Vaccination report Assam 1896-1927 - 1896-1927
Year: 1896
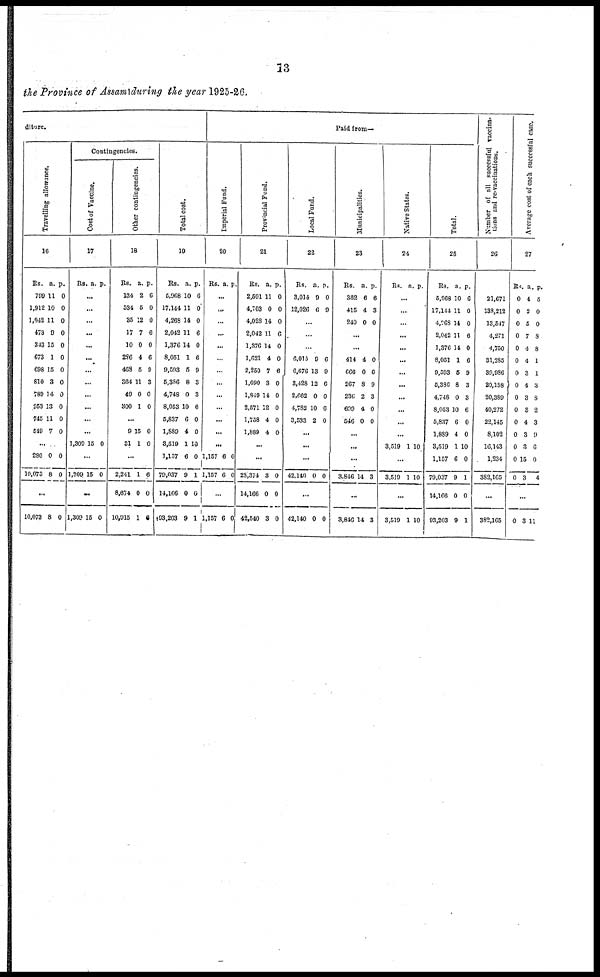
13
the Province of Assam during the year 1925-26.
diture.
Travelling allowance.
16
Rs.
799
1,912
1,042
473
343
673
698
810
789
963
745
549
a.
11
10
11
9
15
1
15
3
14
13
11
7
p.
0
0
0
0
0
0
0
0
0
0
0
0
...
280
10,073
0
8
0
0
...
10,073 8 0
Contingencies.
Cost of Vaccine.
17
Rs. a. p.
...
...
...
...
...
...
...
...
...
...
...
...
1,309 15 0
...
1,809 15 0
...
1,309 15 0
Other contingencies.
18
Rs.
134
534
35
17
10
286
468
364
49
300
a.
2
5
12
7
0
4
5
11
0
1
p.
6
0
0
6
0
6
9
3
0
0
...
9
31
15
1
0
0
...
2,241
8,674
10,915
1
0
1
6
0
6
Total cost.
19
Rs.
5,968
17,144
4,268
2,042
1,376
8,051
9,593
5,386
4,748
8,053
5,837
1,889
3,519
1,157
79,037
14,166
193,203
a.
10
11
14
11
14
1
5
8
0
10
6
4
1
6
9
0
9
p.
6
0
0
6
0
6
9
3
3
6
0
0
10
0
1
0
1
Paid from—
Imperial Fund.
20
Rs. a. p.
...
...
...
...
...
...
...
...
...
...
...
...
...
1,157
1,157
6
6
0
0
...
1,157 6 0
Provincial Fund.
21
Rs.
2,591
4,703
4,028
2,042
1,376
1,621
2,250
1,690
1,849
2,571
1,758
1,889
a.
11
0
14
11
14
4
7
3
14
12
4
4
p.
0
0
0
6
0
0
6
0
0
0
0
0
...
...
28,374
14,166
42,540
3
0
3
0
0
0
Local Fund.
22
Rs.
3,014
12,026
a.
9
6
p.
0
9
...
...
...
6,015
6,676
3,428
2,662
4,782
3,533
9
13
12
0
10
2
6
9
6
0
6
0
...
...
...
42,140 0 0
...
42,140 0 0
Municipalities.
23
Rs.
382
415
240
a.
6
4
0
p.
6
3
0
...
...
414
666
267
236
699
546
4
0
3
2
4
0
0
6
9
3
0
0
...
...
...
3,846 14 3
...
3,846 14 3
Native States.
24
Rs. a. p.
...
...
...
...
...
...
...
...
...
...
...
...
3,519 1 10
...
3,519 1 10
...
3,519 1 10
Total.
25
Rs.
5,968
17,144
4,268
2,042
1,376
8,051
9,593
5,386
4,748
8,053
5,837
1,889
3,519
1,157
79,037
14,166
93,203
a.
10
11
14
11
11
1
6
8
0
10
6
4
1
6
9
0
9
p.
6
0
0
6
0
6
9
3
3
6
0
0
10
0
1
0
1
Number of all successful vaccina-
tions and re-vaccinations.
26
21,671
138,212
13,547
4,271
4,750
31,285
39,986
20,158
20,389
40,272
22,145
8,102
16,143
1,234
382,165
...
382,165
Average cost of each successful case.
27
Rs.
0
0
0
0
0
0
0
0
0
0
0
0
0
0
0
a.
4
2
5
7
4
4
3
4
3
3
4
3
3
15
3
p.
5
0
0
8
8
1
1
3
8
2
3
9
6
0
4
...
0 3 11